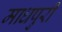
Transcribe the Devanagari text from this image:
माधपुरी